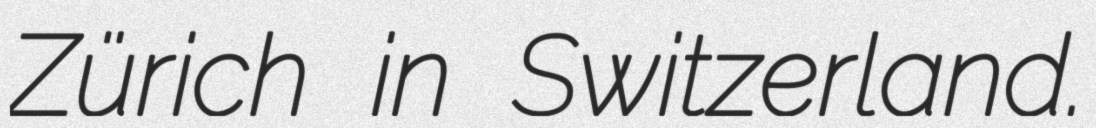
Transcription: Zürich in Switzerland.